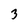
Character: 3